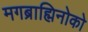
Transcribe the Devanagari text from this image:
मगब्राह्मिनोको